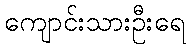
ကျောင်းသားဦးရေ